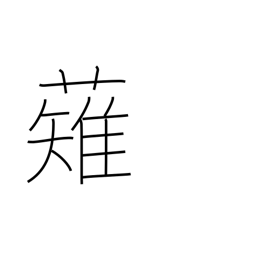
Meaning: mow down (the enemy)